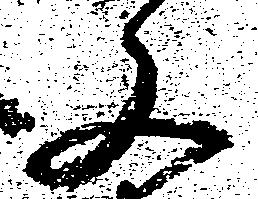
又